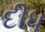
દીધ